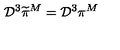
{ \cal D } ^ { 3 } \widetilde { \pi } ^ { M } = { \cal D } ^ { 3 } \pi ^ { M }